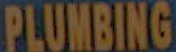
PLUMBING